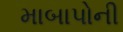
માબાપોની